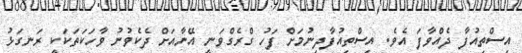
އިސްތިއުފާ ދެއްވާފަ އެވެ. އިސްތިއުފާދިނުމަށް ފަހު ގްރެގްވަނީ އޭނާއަށް ދެކެވުނު ވާހަކަތަކަކީ ރަނގަޅު